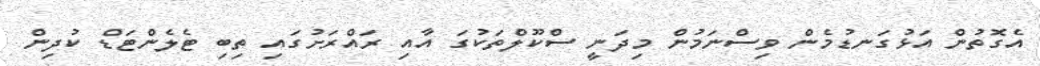
އެގޮތުން އަޅުގަނޑުމެން ވިސްނަމުން މިދަނީ ސްކޫލްތަކުގަ އާއި ރައްރަށުގައި ތިބި ޓެލެންޓަޑް ކުދިން